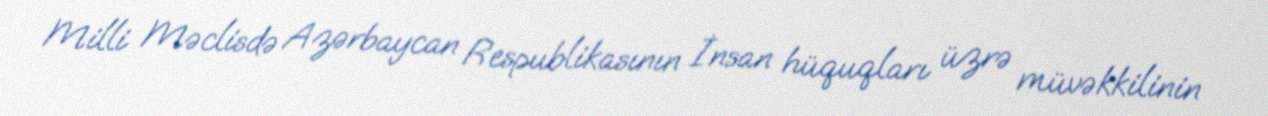
Milli Məclisdə Azərbaycan Respublikasının İnsan hüquqları üzrə müvəkkilinin